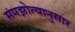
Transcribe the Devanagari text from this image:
संमझोत्यानुसार